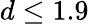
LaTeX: d\leq 1.9